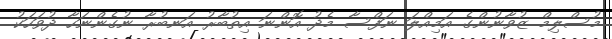
މުސްލިމް ޒުވާނުންގެ އަމިއްލަ ނަފްސާ މެދު އޮންނަ އިތުބާރު އަނބުރާ ނުގެންނަހާ ދުވަހަކު